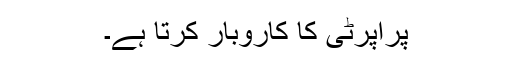
پراپرٹی کا کاروبار کرتا ہے۔